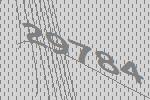
29784